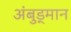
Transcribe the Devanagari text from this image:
अंबुड्मान